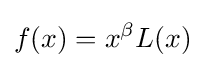
f(x)=x^{\beta }L(x)